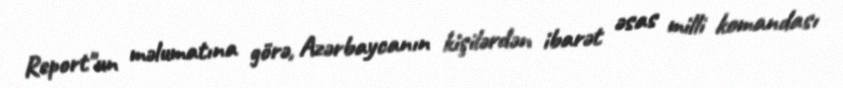
Report"un məlumatına görə, Azərbaycanın kişilərdən ibarət əsas milli komandası